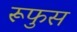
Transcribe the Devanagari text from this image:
रूफुस